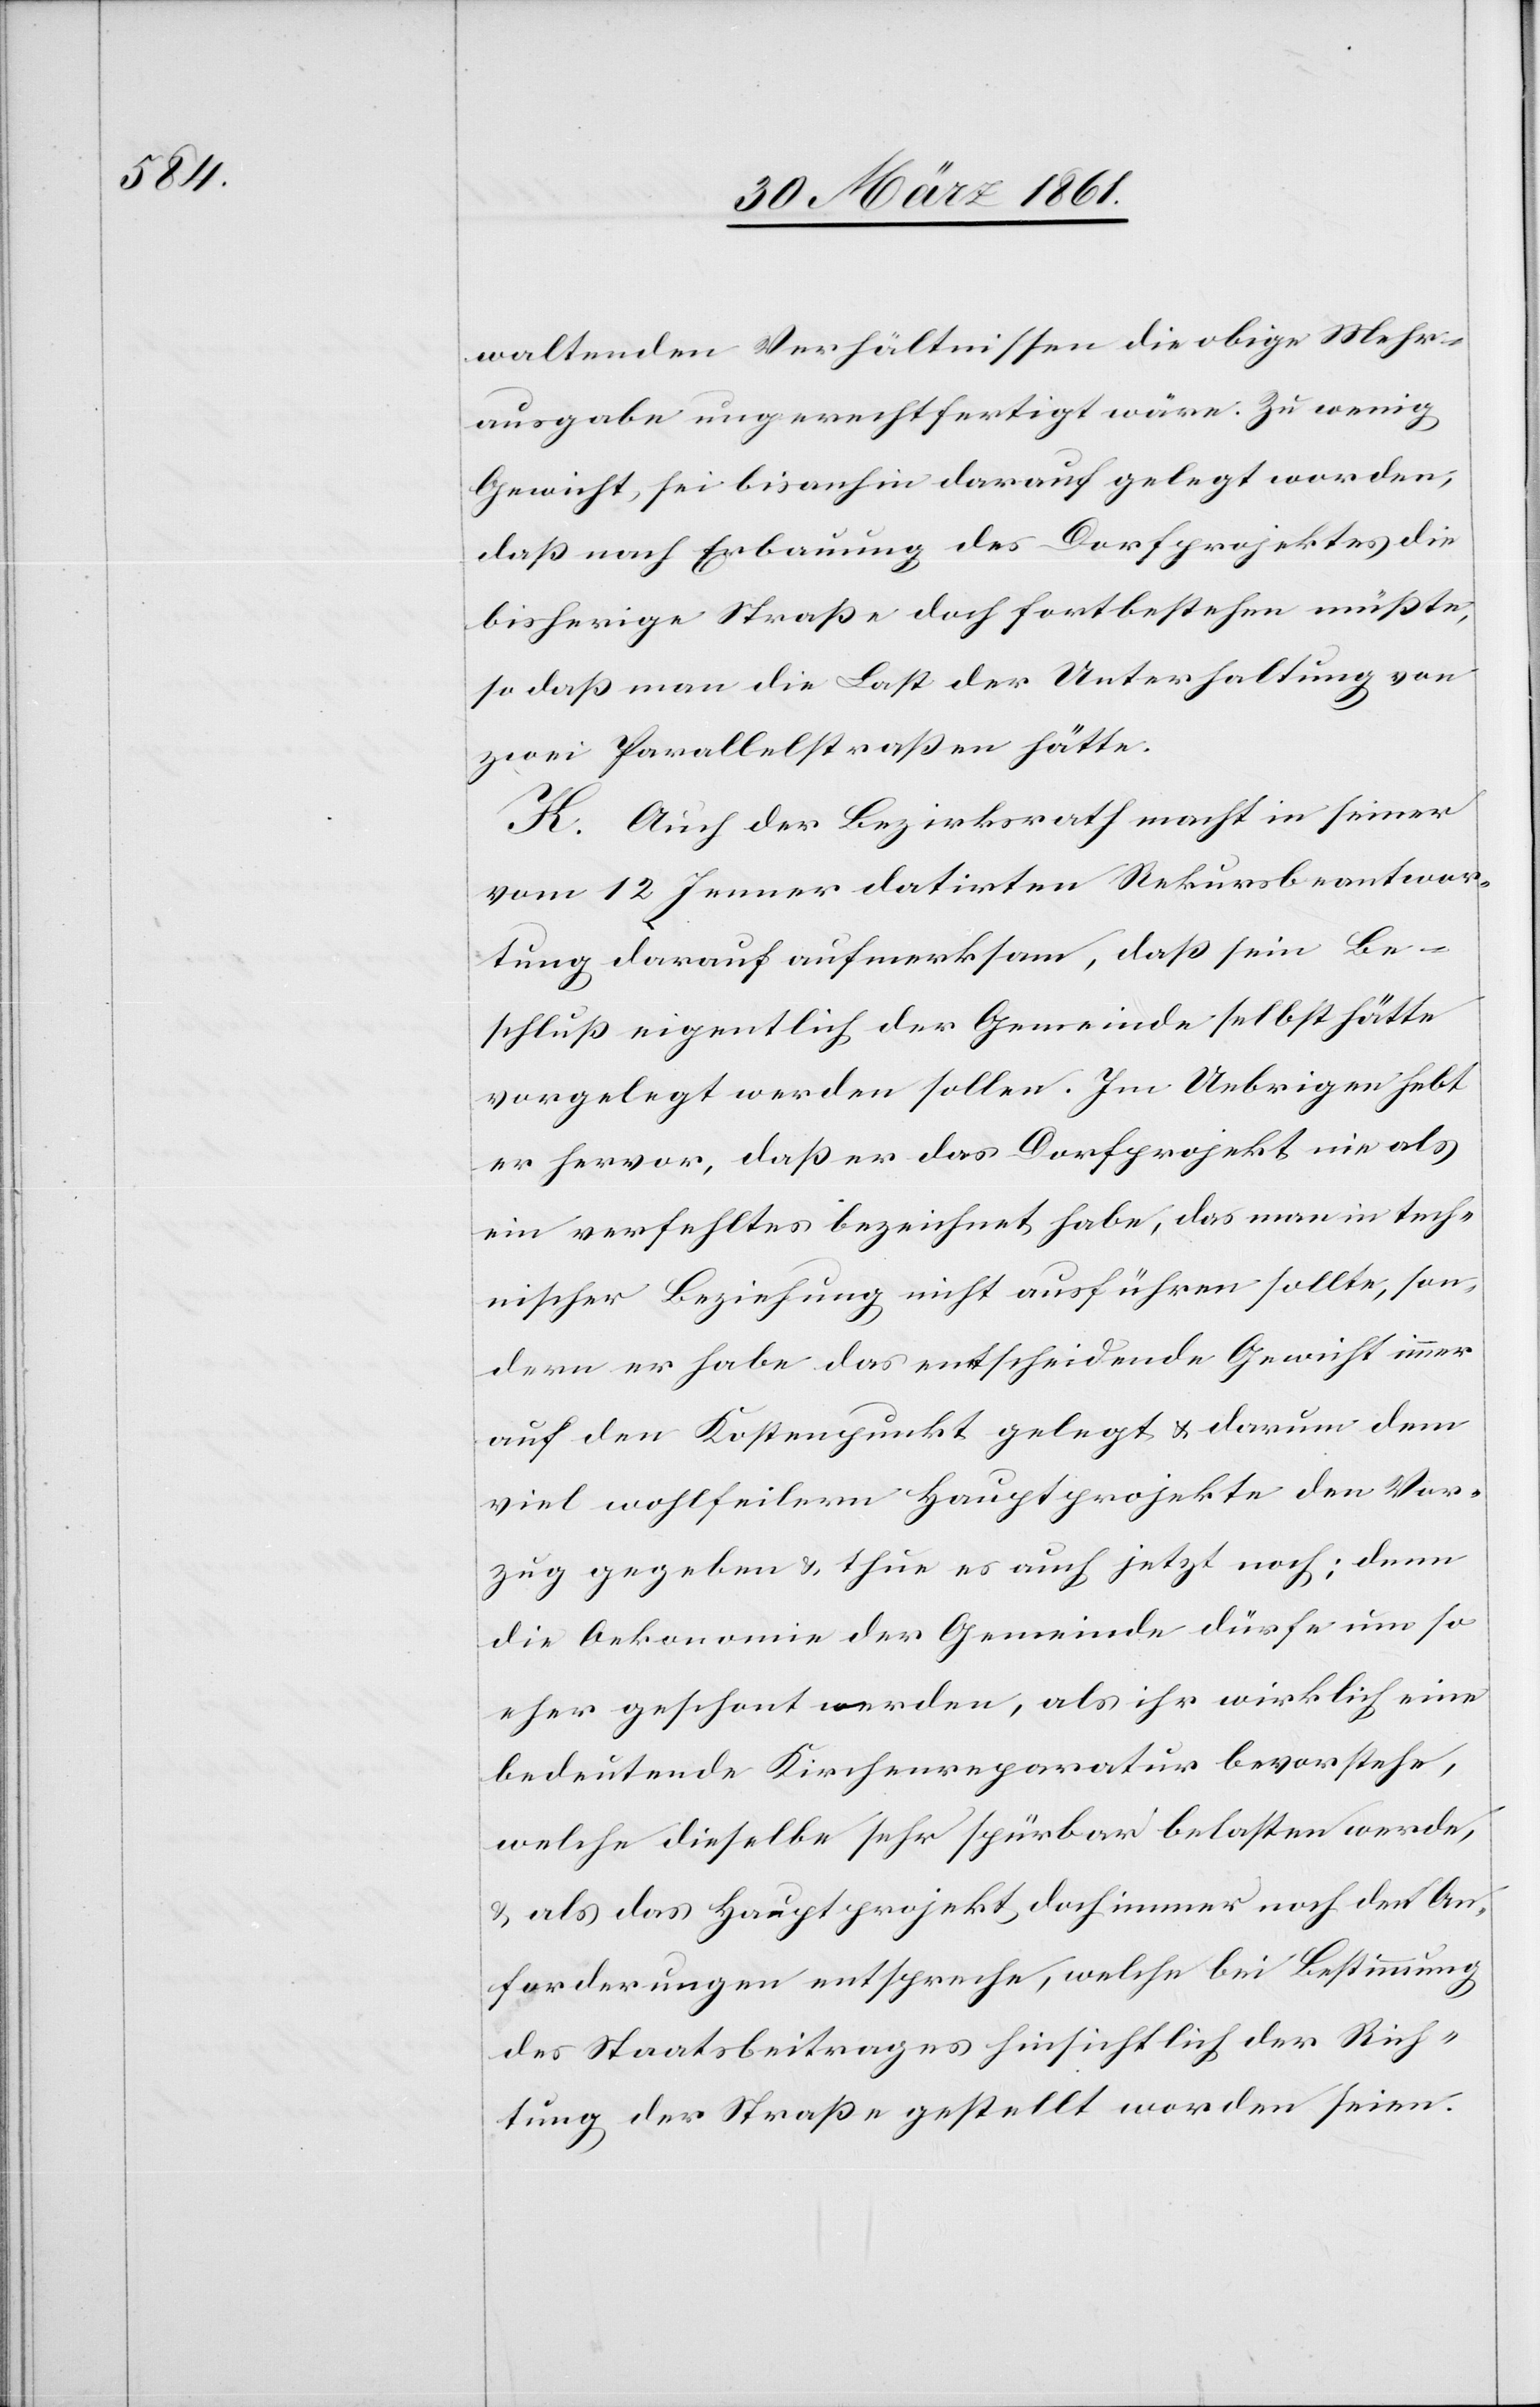
waltenden Verhältnissen die obige Mehr¬
ausgabe ungerechtfertigt wäre. Zu wenig
Gewicht sei bis anhin darauf gelegt worden,
daß nach Erbauung des Dorfprojektes die
bisherige Straße doch fortbestehen müßte,
so daß man die Last der Unterhaltung von
zwei Parallelstraßen hätte.
K. Auch der Bezirksrath macht in seiner
vom 12. Jenner datirten Rekursbeantwor¬
tung darauf aufmerksam, daß sein Be¬
schluß eigentlich der Gemeinde selbst hätte
vorgelegt werden sollen. Im Uebrigen hebt
er hervor, daß er das Dorfprojekt nie als
ein verfehltes bezeichnet habe, das man in tech¬
nischer Beziehung nicht ausführen sollte, son¬
dern er habe das entscheidende Gewicht immer
auf den Kostenpunkt gelegt u. darum dem
viel wohlfeilern Hauptprojekte den Vor¬
zug gegeben u. thue es auch jetzt noch, denn
die Oekonomie der Gemeinde dürfe um so
eher geschont werden, als ihr wirklich eine
bedeutende Kirchenreparatur bevorstehe,
welche dieselbe sehr spürbar belasten werde,
u. als das Hauptprojekt doch immer noch den An¬
forderungen entspreche, welche bei Bestimmung
des Staatsbeitrages hinsichtlich der Rich¬
tung der Straße gestellt worden seien.